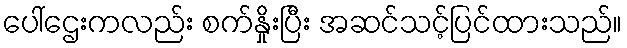
ပေါ်ဌေးကလည်း စက်နှိုးပြီး အဆင်သင့်ပြင်ထားသည်။